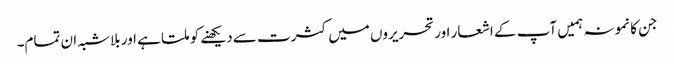
جن کا نمونہ ہمیں آپ کے اشعار اور تحریروں میں کثرت سے دیکھنے کو ملتا ہے اور بلاشبہ ان تمام۔